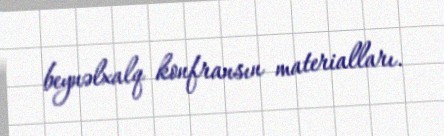
beynəlxalq konfransın materialları.